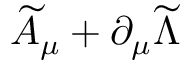
\widetilde { A } _ { \mu } + \partial _ { \mu } \widetilde { \Lambda }